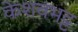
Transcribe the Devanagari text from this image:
केशवभट्ट